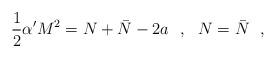
LaTeX: \begin{align*}\frac{1}{2}\alpha' M^2=N+\bar{N}-2a\ \ ,\ \ N=\bar{N}\ \ ,\end{align*}